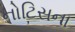
નોટિસના